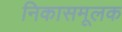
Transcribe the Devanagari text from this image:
निकासमूलक